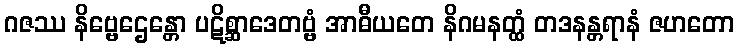
ဂဇဿ နိဗ္ဗေဌေန္တော ပဋိစ္ဆာဒေတဗ္ဗံ အာဓီယတေ နိဂမနတ္ထံ တဒနန္တရာနံ ဇဟတော